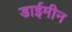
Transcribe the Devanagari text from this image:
डाईमीन